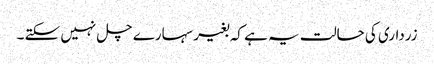
زرداری کی حالت یہ ہے کہ بغیر سہارے چل نہیں سکتے ۔